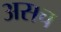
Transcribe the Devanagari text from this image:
असच